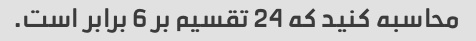
محاسبه کنید که 24 تقسیم بر 6 برابر است.